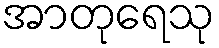
အာတုရေသု